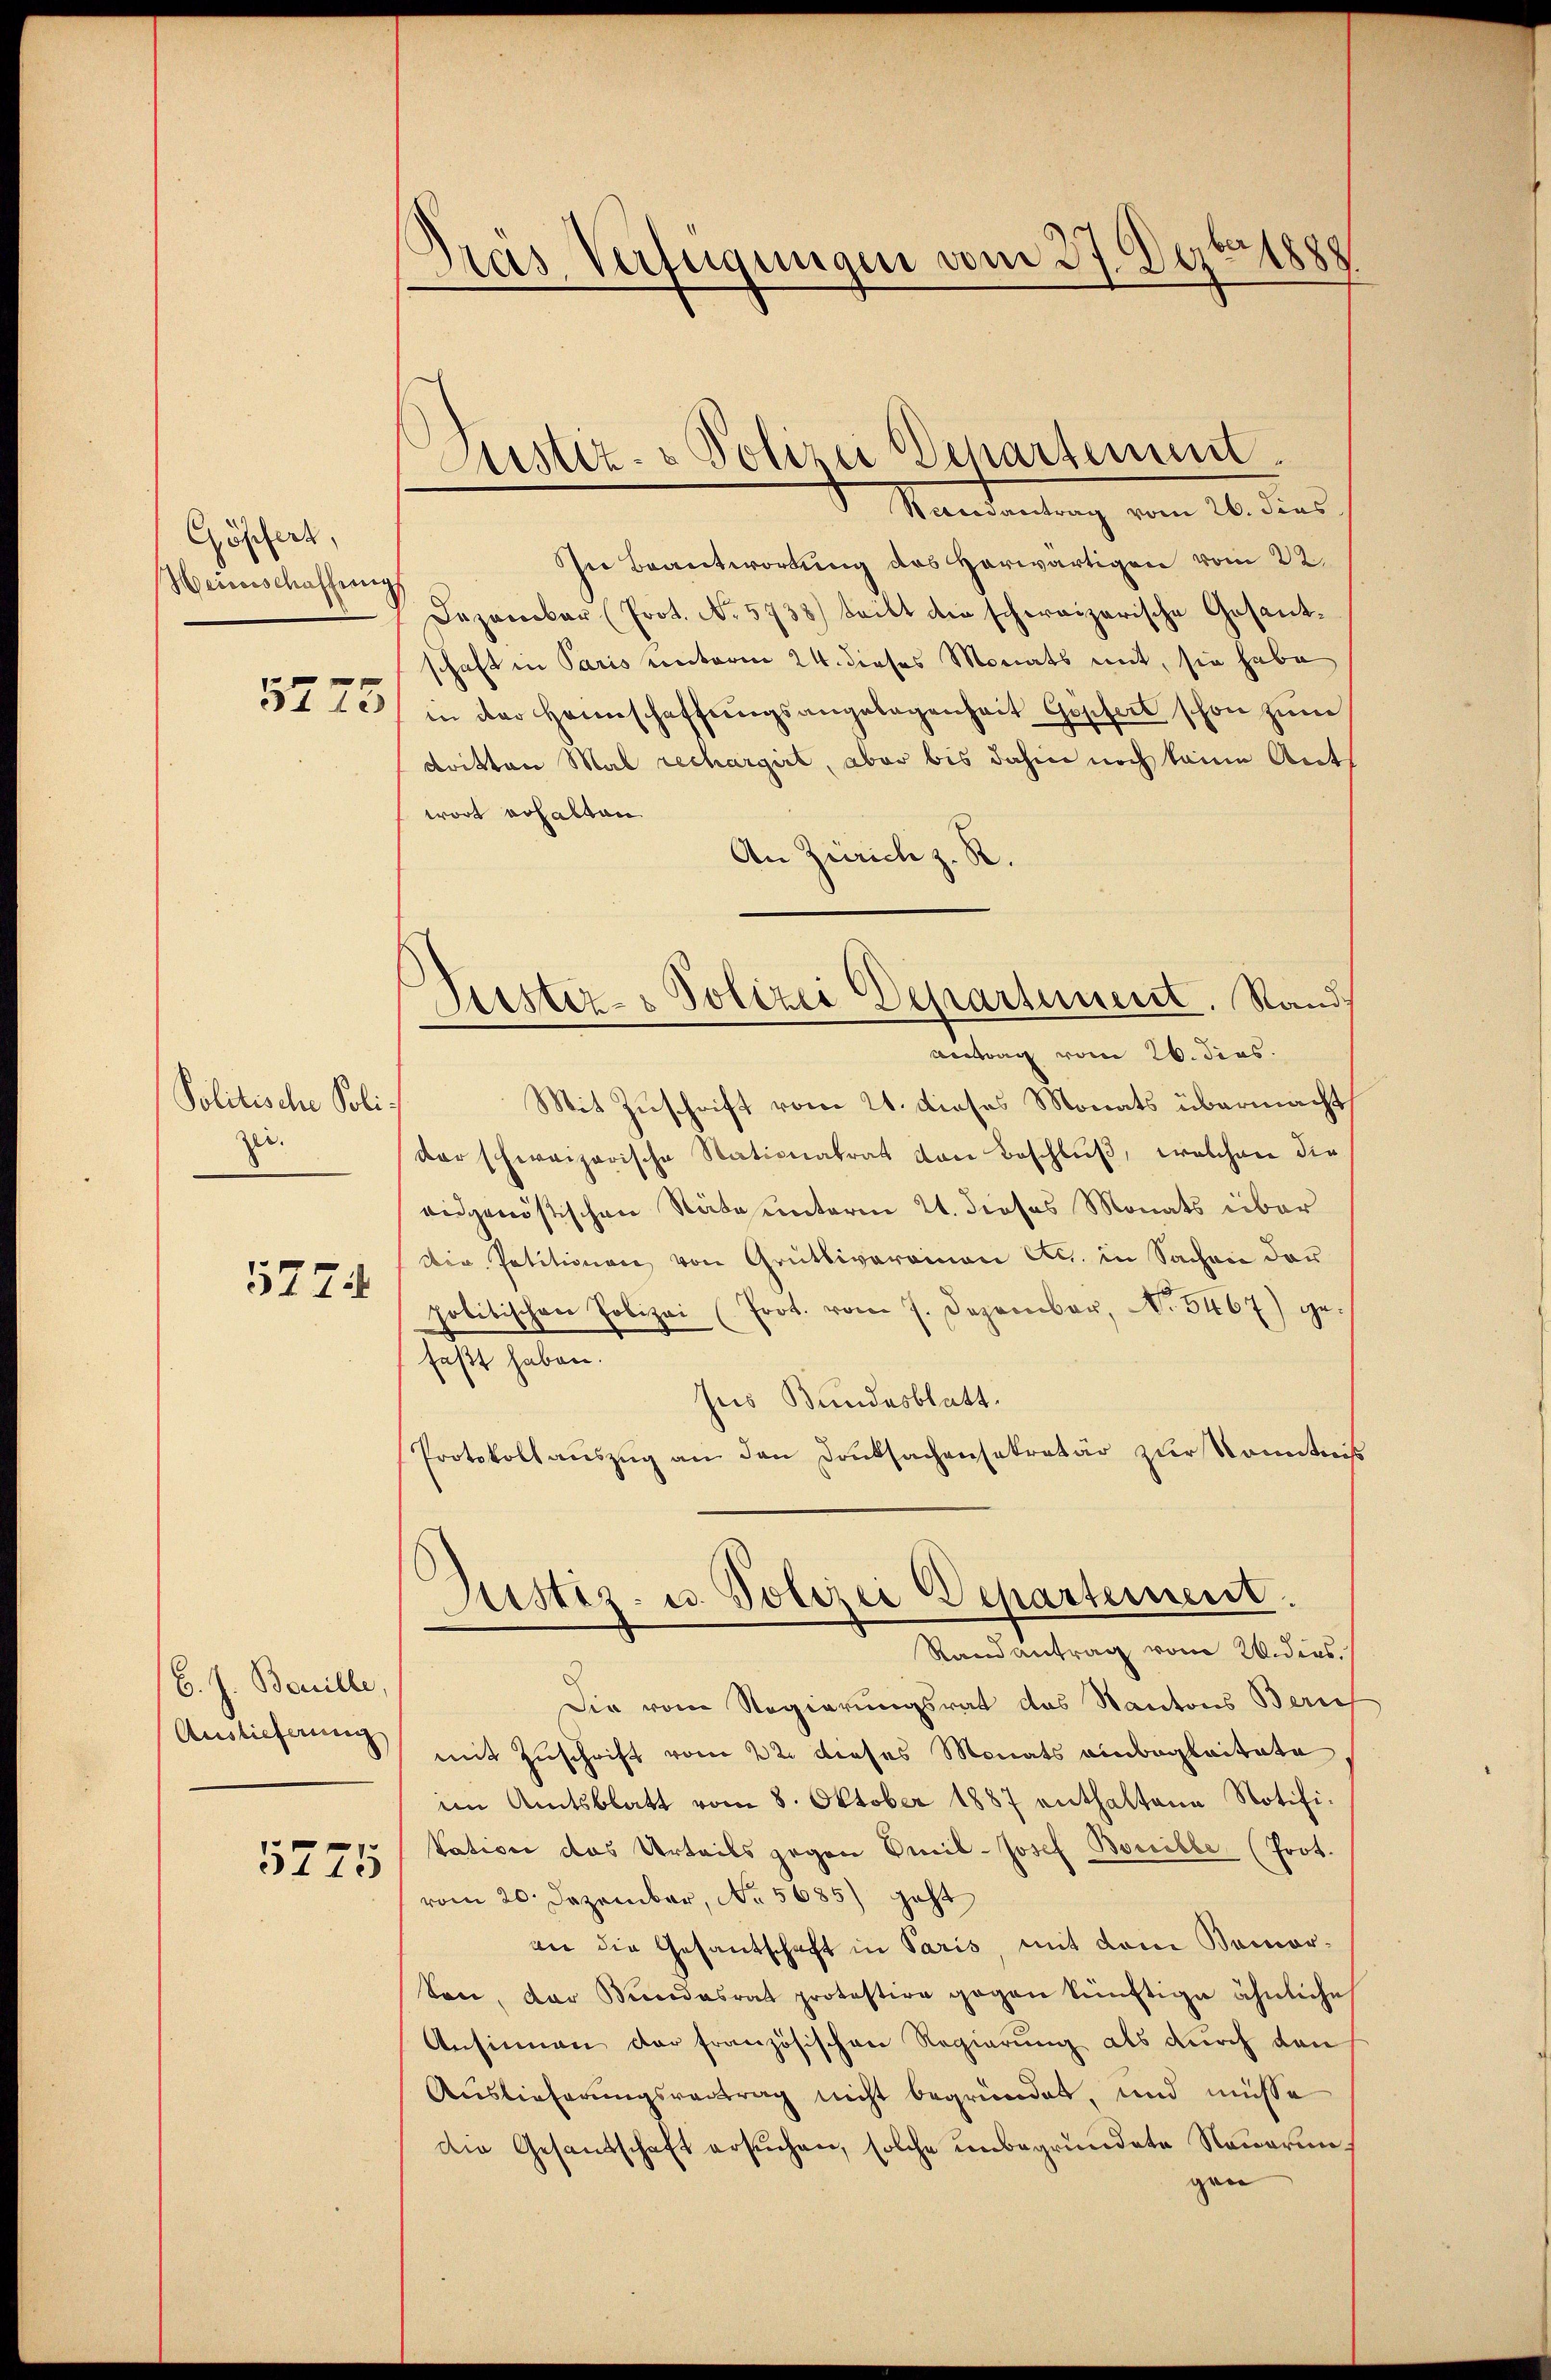
Göschert,
Weinschaffung

5773

Politische Polizei.
5774

B. J. Bouille
Auslieferung

5775

Dras Verfügungen vom 27. Dezbrig

Justiz- & Polizei Departement.

Mandantrag vom 26. dies
ie Beantwortung des Herwärtigen vom 22.
Lazarekar (Prot. No 5738) teilt die schweizerische Gesandschaft in Paris unterm 24. dieses Monats mit, sie habe
in der Heimschaffungsangelegenheit Göschert schon zum
dritten Mal rechargirt, aber bis dahin noch keine Anth
wort erhalten
An Zürich z. R.
Mit Zuschrift vom 21. dieses Monats übermacht,
der schweizerische Nationalrat von Beschluß, welchen die
eidgenössischen Stäte unterm 21. dieses Monats über
Die Petitionen von Grütliverainen etc. in Sachen der
politischen Polizei (Prot. vom 7. Dezember, No. 5467) gefaßt haben.
Jus Bundesblatt.
Protokoll aŭszŭg an den Danksachensekretär zŭr Kenntniß
Justiz- u. Polizei Departement.
Randantrag vom 20. dies
Die vom Regierungsrat das Kantons Zürich
mit Zuschrift vom 22. dieses Monats einbeglaitate
im Amtsblatt vom 8. Oktober 1887 enthaltene Notifi¬
Vativen das Urteils gegen Emil-Josef Bossible. (Prot.
vom 20. Dezember, No. 5685) geht
an die Gesandtschaft in Paris, mit dem Komarson, der Mindesrat protestire gegen künftige ähnliche
Ansinnen der französischen Regierung als durch den
Auslieferungsvertrag nicht begründet, und müsse
Die Gesandschaft ersuchen, solche unbegründete Neuerungen

Hiester- & Polizei Departement. Stand
vertrag vom 26. dies